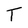
Character: T